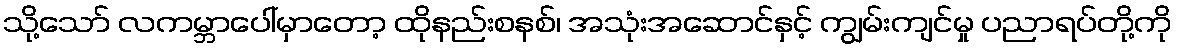
သို့သော် လကမ္ဘာပေါ်မှာတော့ ထိုနည်းစနစ်၊ အသုံးအဆောင်နှင့် ကျွမ်းကျင်မှု ပညာရပ်တို့ကို